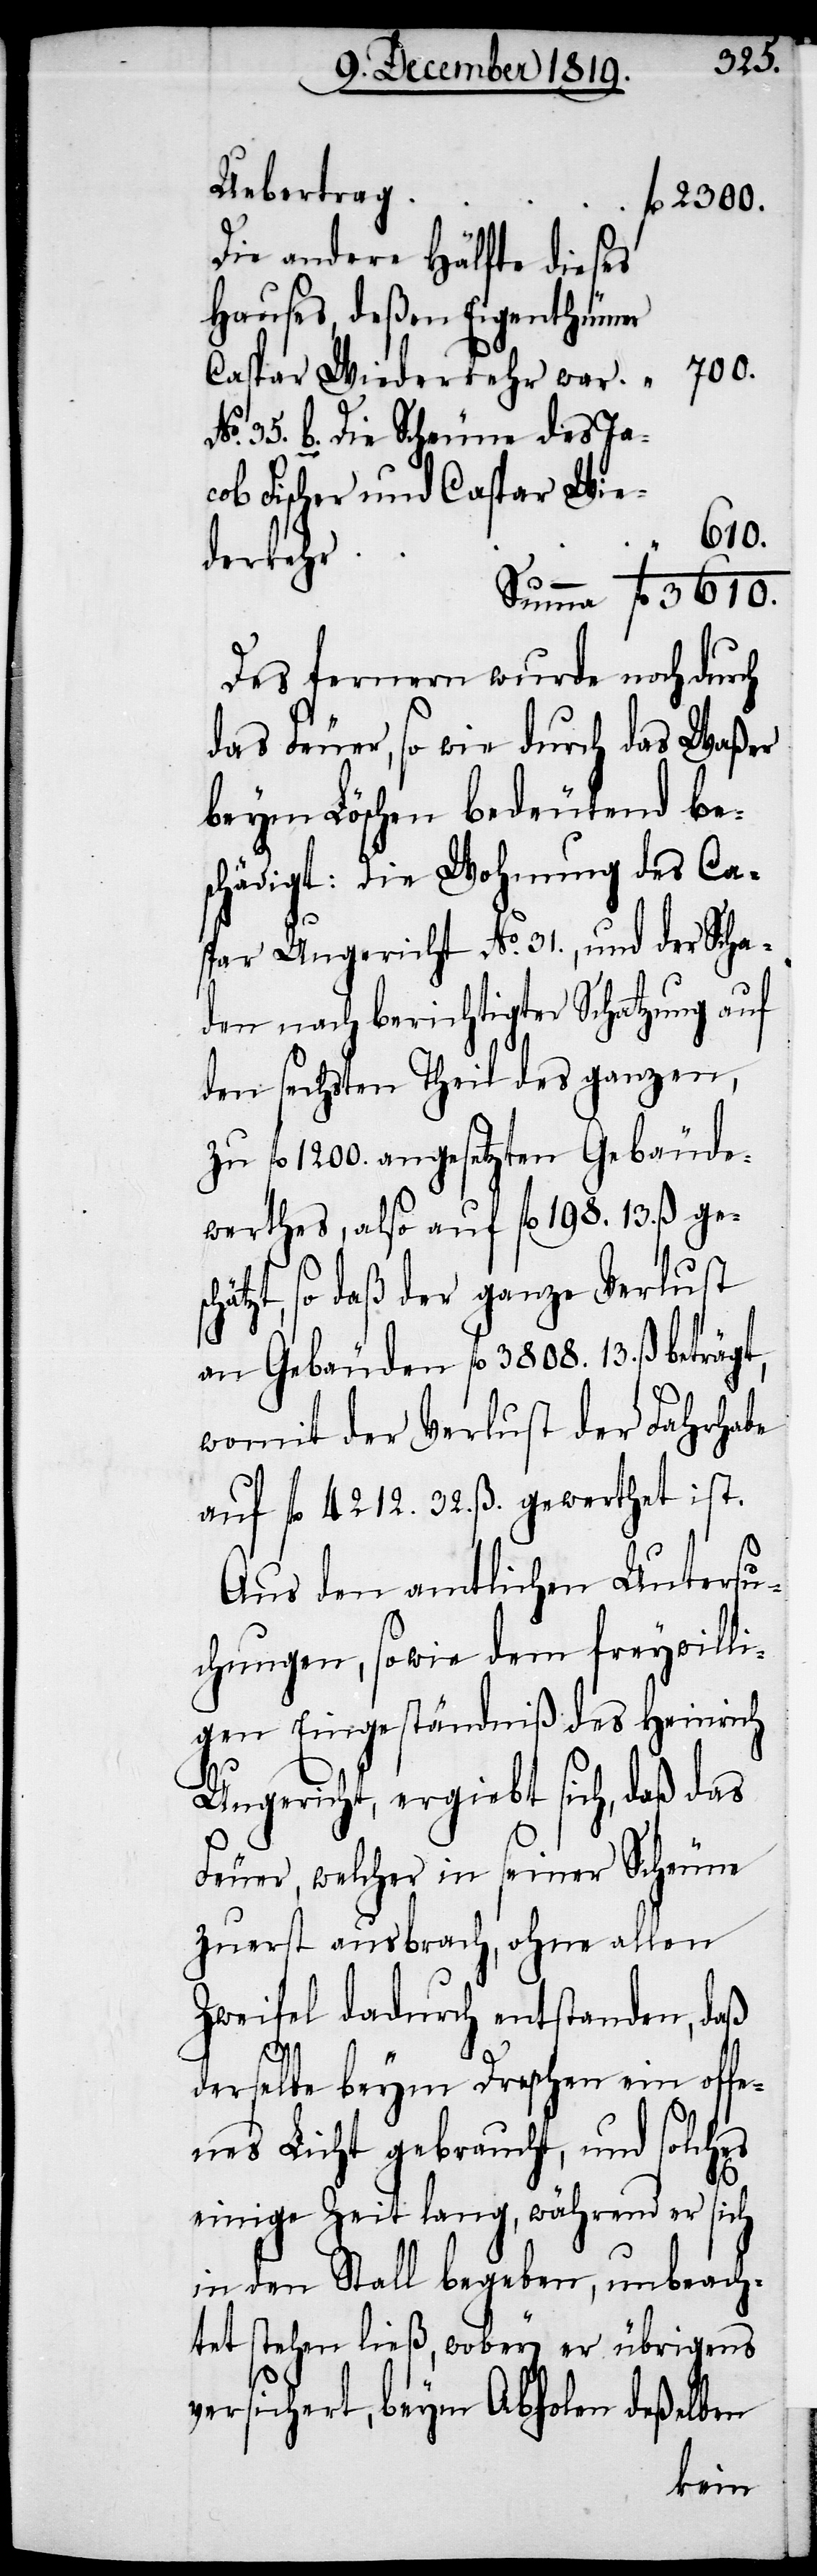
sc¬
Uebertrag
fl. 2300.
Die andere Hälfte dieses
Hauses, deßen Eigenthümer
Caspar Wiederkehr war
No. 35. b. Die Scheune des Ja¬
cob Fischer und Caspar Wie¬
3610.
derkehr
Des fernern wurde noch durch
das Feuer, so wie durch das Waßer
beym Löschen bedeutend be¬
schädigt: Die Wohnung des Ca¬
spar Ungericht No. 31., und der Scha¬
den nach berichtigter Schatzung auf
den sechsten Theil des ganzen,
zu fl. 1200. angesetzten Gebäude¬
werthes, also auf fl. 198. 13. ß. ge¬
hätzt, so daß der ganze Verlust
an Gebäuden fl. 3808. 13. ß beträgt,
womit der Verlust der Fahrhabe
auf fl. 4212. 32. ß. gewerthet ist.
Aus den amtlichen Untersu¬
chungen, sowie dem freywilli¬
gen Eingeständniß des Heinrich
Ungericht, ergiebt sich, daß das
Feuer, welches in seiner Scheune
zuerst ausbrach, ohne allen
Zweifel dadurch entstanden, daß
derselbe beym Dreschen ein offe¬
nes Licht gebraucht, und solches
einige Zeit lang, während er sich
in den Stall begeben, unbeach¬
tet stehen ließ, wobey er übrigens
versichert, beym Abholen deßelben